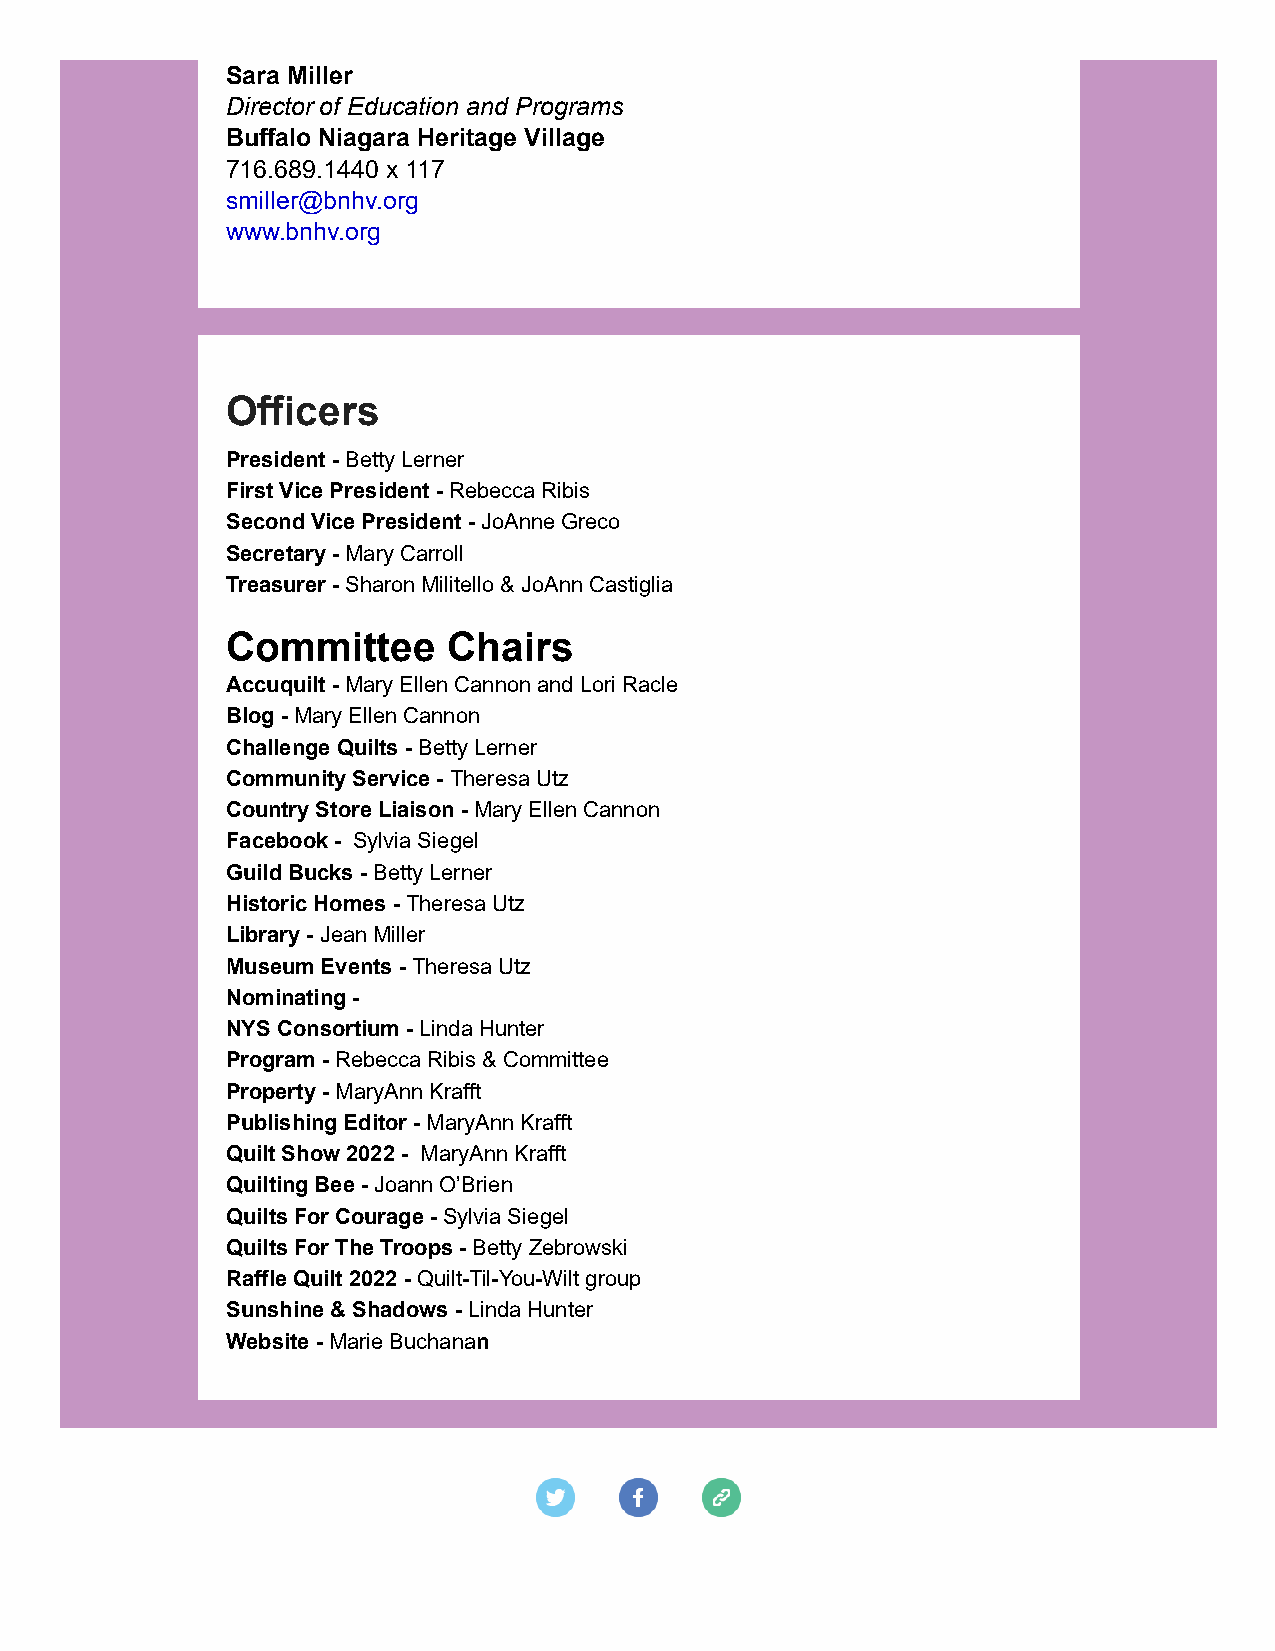
Sara Miller
 Director of Education and Programs
 Buffalo Niagara Heritage Village
 716.689.1440 x 117
 smiller@bnhv.org
 www.bnhv.org
 Officers
 President - Betty Lerner
 First Vice President - Rebecca Ribis
 Second Vice President - JoAnne Greco
 Secretary - Mary Carroll
 Treasurer - Sharon Militello & JoAnn Castiglia
 Committee      Chairs
 Accuquilt - Mary Ellen Cannon and Lori Racle
 Blog - Mary Ellen Cannon
 Challenge Quilts - Betty Lerner
 Community Service - Theresa Utz
 Country Store Liaison - Mary Ellen Cannon
 Facebook - Sylvia Siegel
 Guild Bucks - Betty Lerner
 Historic Homes - Theresa Utz
 Library - Jean Miller
 Museum Events - Theresa Utz
 Nominating -
 NYS Consortium - Linda Hunter
 Program - Rebecca Ribis & Committee
 Property - MaryAnn Krafft
 Publishing Editor - MaryAnn Krafft
 Quilt Show 2022 - MaryAnn Krafft
 Quilting Bee - Joann O’Brien
 Quilts For Courage - Sylvia Siegel
 Quilts For The Troops - Betty Zebrowski
 Raffle Quilt 2022 - Quilt-Til-You-Wilt group
 Sunshine & Shadows - Linda Hunter
 Website - Marie Buchanan